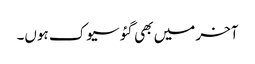
آخر میں بھی گئو سیوک ہوں۔